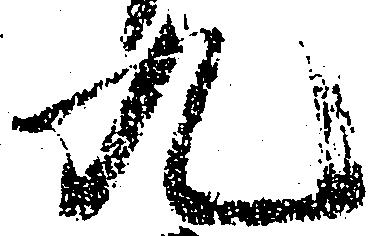
九